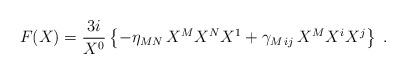
LaTeX: \begin{align*}F(X)= {3i\over X^0} \left\{-\eta_{MN}\,X^MX^NX^1 + \gamma_{M\,ij}\, X^MX^iX^j\right\} \ . \end{align*}